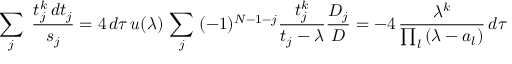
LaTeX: \sum _ { j } \; { \frac { t _ { j } ^ { k } \, d t _ { j } } { s _ { j } } } = 4 \, d \tau \, u ( \lambda ) \, \sum _ { j } \; ( - 1 ) ^ { N - 1 - j } { \frac { t _ { j } ^ { k } } { t _ { j } - \lambda } } { \frac { D _ { j } } { D } } = - 4 \, { \frac { \lambda ^ { k } } { \prod _ { l } \, ( \lambda - a _ { l } ) } } \, d \tau